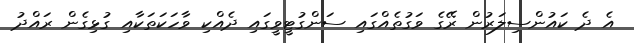
އެ ދެ ކައުންސިލަރުން ރޭގެ ވަގުތެއްގައި ސަންގުޓީވީގައި ދެއްކި ވާހަކަތަކާއި ގުޅިގެން ރައްދު